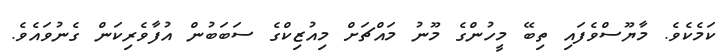
ކަމެކެވެ. މާޔޫސްވެފައި ތިބޭ މީހުންގެ މޫނު މައްޗަށް މިއުޒިކްގެ ސަބަބުން އުފާވެރިކަން ގެނުވައެވެ.